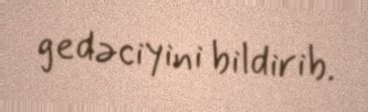
gedəciyini bildirib.